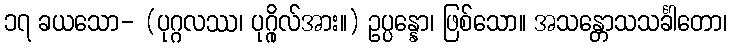
၁၇ ခယသော- (ပုဂ္ဂလဿ၊ ပုဂ္ဂိုလ်အား။) ဥပ္ပန္နော၊ ဖြစ်သော။ အသန္တောသသင်္ခါတော၊